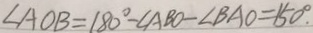
\angle A O B = 1 8 0 ^ { \circ } - \angle A B O - \angle B A O = 1 5 0 ^ { \circ } .